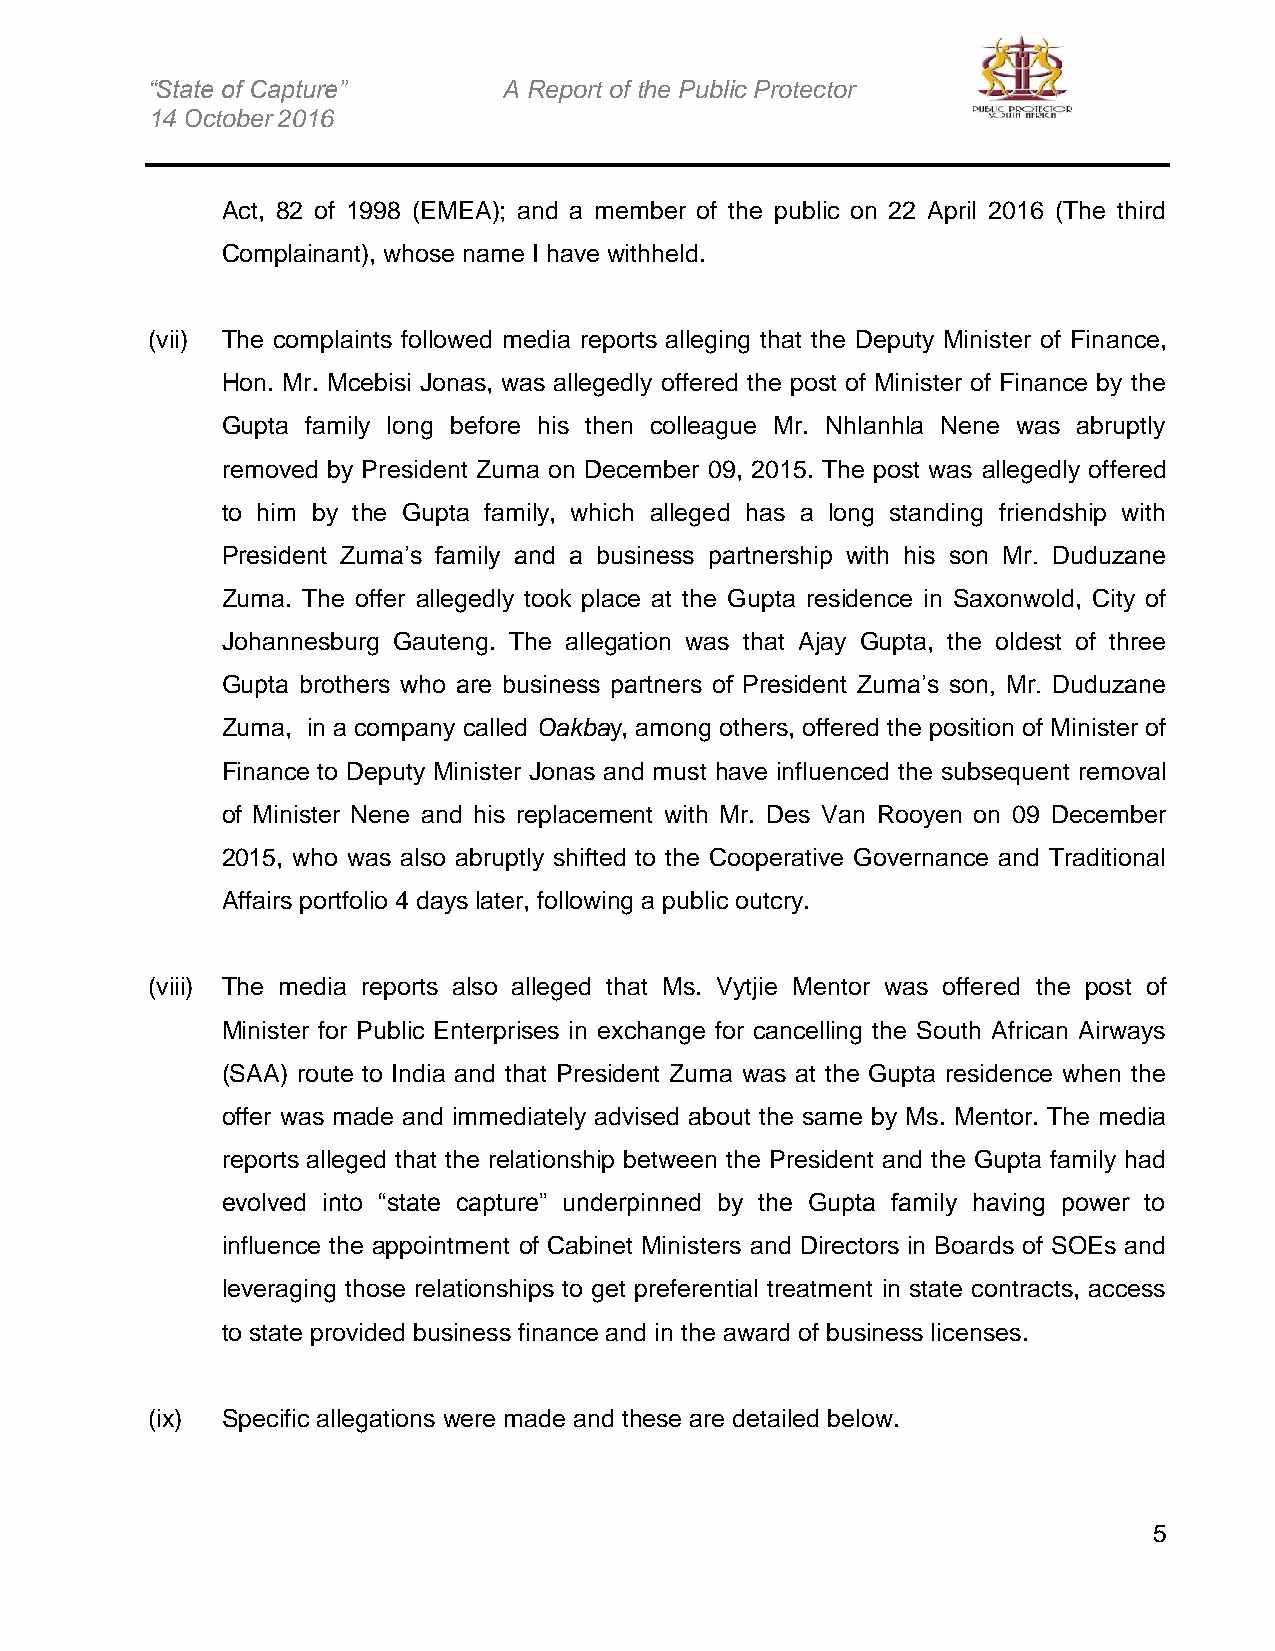
“State of Capture”     A Report of the Public Protector
 14 October 2016
 Act, 82 of 1998 (EMEA); and a member of the public on 22 April 2016 (The third
 Complainant), whose name I have withheld.
 (vii) The complaints followed media reports alleging that the Deputy Minister of Finance,
 Hon. Mr. Mcebisi Jonas, was allegedly offered the post of Minister of Finance by the
 Gupta family long before his then colleague Mr. Nhlanhla Nene was abruptly
 removed by President Zuma on December 09, 2015. The post was allegedly offered
 to him by the Gupta family, which alleged has a long standing friendship with
 President Zuma’s family and a business partnership with his son Mr. Duduzane
 Zuma. The offer allegedly took place at the Gupta residence in Saxonwold, City of
 Johannesburg Gauteng. The allegation was that Ajay Gupta, the oldest of three
 Gupta brothers who are business partners of President Zuma’s son, Mr. Duduzane
 Zuma, in a company called Oakbay, among others, offered the position of Minister of
 Finance to Deputy Minister Jonas and must have influenced the subsequent removal
 of Minister Nene and his replacement with Mr. Des Van Rooyen on 09 December
 2015, who was also abruptly shifted to the Cooperative Governance and Traditional
 Affairs portfolio 4 days later, following a public outcry.
 (viii) The media reports also alleged that Ms. Vytjie Mentor was offered the post of
 Minister for Public Enterprises in exchange for cancelling the South African Airways
 (SAA) route to India and that President Zuma was at the Gupta residence when the
 offer was made and immediately advised about the same by Ms. Mentor. The media
 reports alleged that the relationship between the President and the Gupta family had
 evolved into “state capture” underpinned by the Gupta family having power to
 influence the appointment of Cabinet Ministers and Directors in Boards of SOEs and
 leveraging those relationships to get preferential treatment in state contracts, access
 to state provided business finance and in the award of business licenses.
 (ix) Specific allegations were made and these are detailed below.
 5